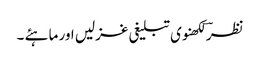
نظرؔ لکھنوی تبلیغی غزلیں اور ماہئے ۔